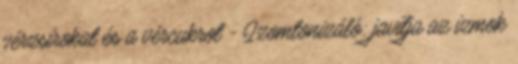
vérzsírokat és a vércukrot - Izomtonizáló: javítja az izmok